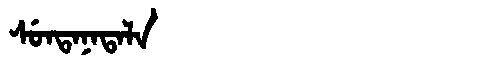
Manchu: ᠰᡠᠨᡨᠠᠨᠠᡨᠠᠯᠠ
Romanization: SUNTANATALA